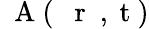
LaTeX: \mathrm{~\mathbf~A~}(\mathrm{~{~\mathbf~r~}~,~t~})